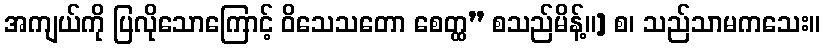
အကျယ်ကို ပြလိုသောကြောင့် ဝိသေသတော စေတ္ထ” စသည်မိန့်။] စ၊ သည်သာမကသေး။